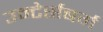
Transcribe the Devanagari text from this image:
उन्टेर्सबर्ग